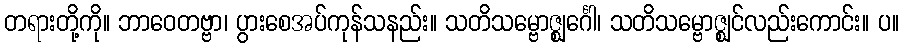
တရားတို့ကို။ ဘာဝေတဗ္ဗာ၊ ပွားစေအပ်ကုန်သနည်း။ သတိသမ္ဗောဇ္ဈင်္ဂေါ၊ သတိသမ္ဗောဇ္ဈင်လည်းကောင်း။ ပ။